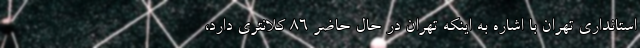
استانداری تهران با اشاره به اینکه تهران در حال حاضر ۸۶ کلانتری دارد،